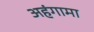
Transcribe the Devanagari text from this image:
अहंगामा